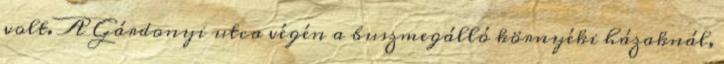
volt. A Gárdonyi utca végén a buszmegálló környéki házaknál,